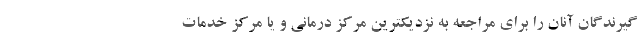
گیرندگان آنان را برای مراجعه به نزدیکترین مرکز درمانی و یا مرکز خدمات